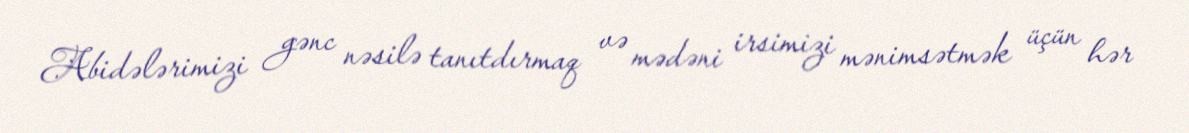
Abidələrimizi gənc nəsilə tanıtdırmaq və mədəni irsimizi mənimsətmək üçün hər